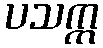
ပသက္က